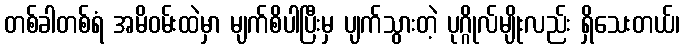
တစ်ခါတစ်ရံ အမိဝမ်းထဲမှာ မျက်စိပါပြီးမှ ပျက်သွားတဲ့ ပုဂ္ဂိုလ်မျိုးလည်း ရှိသေးတယ်၊